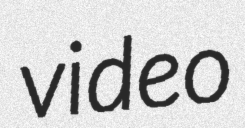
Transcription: video